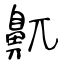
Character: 鼿